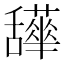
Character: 𦧹